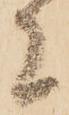
者